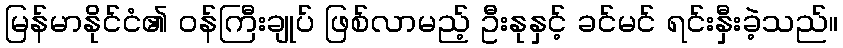
မြန်မာနိုင်ငံ၏ ဝန်ကြီးချုပ် ဖြစ်လာမည့် ဦးနုနှင့် ခင်မင် ရင်းနှီးခဲ့သည်။